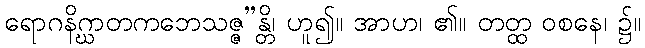
ရောဂနိဂ္ဃာတကဘေသဇ္ဇ”န္တိ၊ ဟူ၍။ အာဟ၊ ၏။ တတ္ထ ဝစနေ၊ ၌။